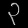
Digit: ၃